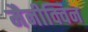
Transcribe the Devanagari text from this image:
मैनीक्विन